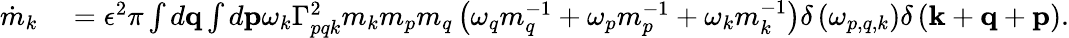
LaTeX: \begin{array}{rl}{\dot{m}_{k}}&{{}=\epsilon^{2}\pi\int d\mathbf{q}\int d\mathbf{p}\omega_{k}\Gamma_{pqk}^{2}m_{k}m_{p}m_{q}\left(\omega_{q}m_{q}^{-1}+\omega_{p}m_{p}^{-1}+\omega_{k}m_{k}^{-1}\right)\delta\left(\omega_{p,q,k}\right)\delta\left(\mathbf{k}+\mathbf{q}+\mathbf{p}\right).}\end{array}